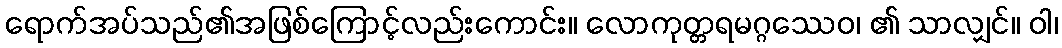
ရောက်အပ်သည်၏အဖြစ်ကြောင့်လည်းကောင်း။ လောကုတ္တရမဂ္ဂဿေဝ၊ ၏ သာလျှင်။ ဝါ၊